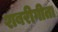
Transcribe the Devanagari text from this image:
शबरीगीता